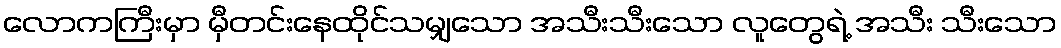
လောကကြီးမှာ မှီတင်းနေထိုင်သမျှသော အသီးသီးသော လူတွေရဲ့ အသီး သီးသော